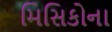
મિસિકોના